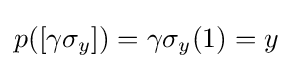
p([\gamma \sigma _{y}])=\gamma \sigma _{y}(1)=y